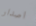
اصدار